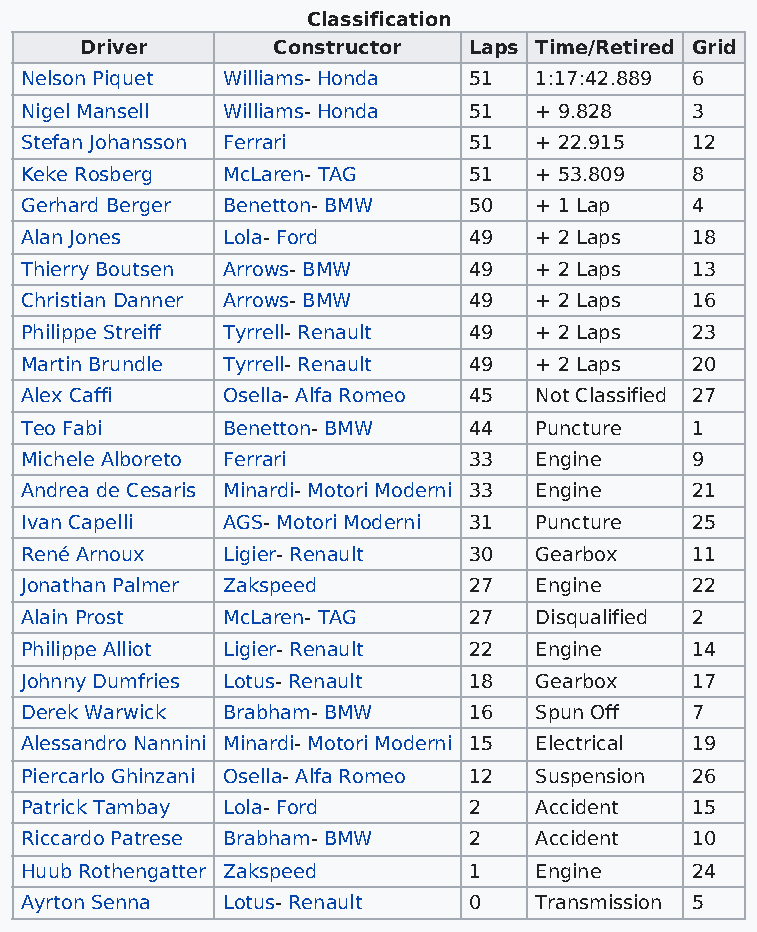
Classification
 Driver       Constructor  Laps Time/Retired Grid
 Nelson Piquet Williams- Honda 51  1:17:42.889 6
 Nigel Mansell Williams- Honda 51  + 9.828    3
 Stefan Johansson Ferrari      51  + 22.915   12
 Keke Rosberg  McLaren- TAG    51  + 53.809   8
 Gerhard Berger Benetton- BMW  50  + 1 Lap    4
 Alan Jones    Lola- Ford      49  + 2 Laps   18
 Thierry Boutsen Arrows- BMW   49  + 2 Laps   13
 Christian Danner Arrows- BMW  49  + 2 Laps   16
 Philippe Streiff Tyrrell- Renault 49 + 2 Laps 23
 Martin Brundle Tyrrell- Renault 49 + 2 Laps  20
 Alex Caffi    Osella- Alfa Romeo 45 Not Classified 27
 Teo Fabi      Benetton- BMW   44  Puncture   1
 Michele Alboreto Ferrari      33  Engine     9
 Andrea de Cesaris Minardi- Motori Moderni 33 Engine 21
 Ivan Capelli  AGS- Motori Moderni 31 Puncture 25
 René Arnoux   Ligier- Renault 30  Gearbox    11
 Jonathan Palmer Zakspeed      27  Engine     22
 Alain Prost   McLaren- TAG    27  Disqualified 2
 Philippe Alliot Ligier- Renault 22 Engine    14
 Johnny Dumfries Lotus- Renault 18 Gearbox    17
 Derek Warwick Brabham- BMW    16  Spun Off   7
 Alessandro Nannini Minardi- Motori Moderni 15 Electrical 19
 Piercarlo Ghinzani Osella- Alfa Romeo 12 Suspension 26
 Patrick Tambay Lola- Ford     2   Accident   15
 Riccardo Patrese Brabham- BMW 2   Accident   10
 Huub Rothengatter Zakspeed    1   Engine     24
 Ayrton Senna  Lotus- Renault  0   Transmission 5